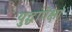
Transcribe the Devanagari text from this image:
युद्धांपेक्षा